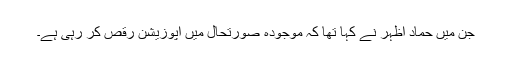
جن میں حماد اظہر نے کہا تھا کہ موجودہ صورتحال میں اپوزیشن رقص کر رہی ہے۔